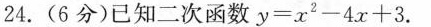
24.(6分)已知二次函数$$y = x ^ { 2 } - 4 x + 3$$.